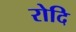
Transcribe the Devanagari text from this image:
रोदि